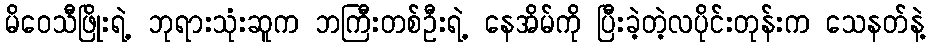
မိဝေသီဖြိုးရဲ့ ဘုရားသုံးဆူက ဘကြီးတစ်ဦးရဲ့ နေအိမ်ကို ပြီးခဲ့တဲ့လပိုင်းတုန်းက သေနတ်နဲ့